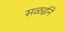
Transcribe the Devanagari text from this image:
सळईने